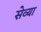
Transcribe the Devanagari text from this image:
सेव्या